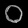
Digit: ၀